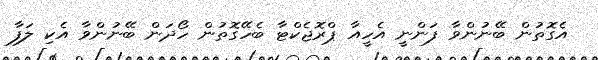
އެގޮތުން ބޭނުންވާ ފަންނީ އެހީއާ ޕްރޮޖެކްޓާ ބެހޭގޮތުން ހޯދަން ބޭނުންވާ އެކި ލަފާ